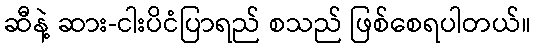
ဆီနဲ့ ဆား-ငါးပိငံပြာရည် စသည် ဖြစ်စေရပါတယ်။